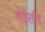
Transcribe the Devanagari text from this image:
बोईरडीह